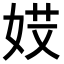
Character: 𡝄